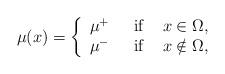
LaTeX: \begin{align*} \mu(x)= \left\{\begin{array}{rcl}\mu^+ \ &\hbox{ if }& x\in\Omega,\\\mu^- \ &\hbox{ if }& x\notin\Omega,\\\end{array} \right. \end{align*}